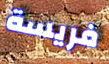
فريسة